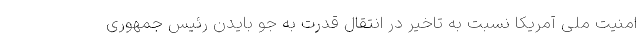
امنیت ملی آمریکا نسبت به تاخیر در انتقال قدرت به جو بایدن رئیس جمهوری